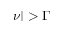
\vert \nu \vert > \Gamma